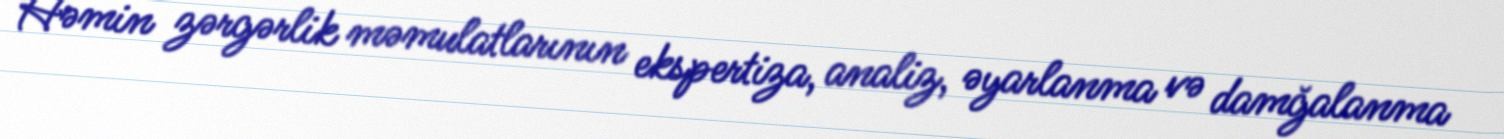
Həmin zərgərlik məmulatlarının ekspertiza, analiz, əyarlanma və damğalanma